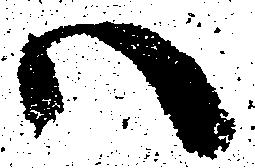
ハ